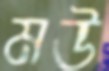
মউ